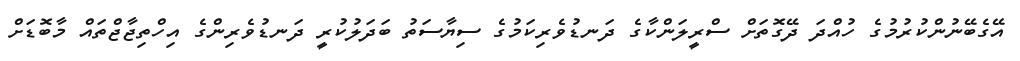
އޭގެބޭނުންކުރުމުގެ ހުއްދަ ދޭގޮތަށް ސްރީލަންކާގެ ދަނޑުވެރިކަމުގެ ސިޔާސަތު ބަދަލުކުރީ ދަނޑުވެރިންގެ އިހްތިޖާޖްތައް މާބޮޑަށް